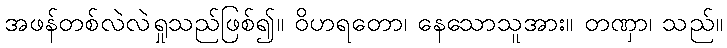
အဖန်တစ်လဲလဲရှုသည်ဖြစ်၍။ ဝိဟရတော၊ နေသောသူအား။ တဏှာ၊ သည်။